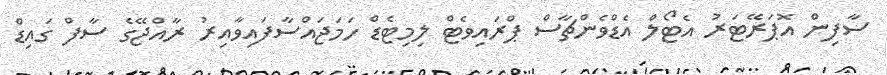
ސާފިން އޮޕަރޭޓަރު އެޓޯލް އެޑްވެންޗާސް ޕްރައިވެޓް ލިމިޓެޑް ހަމަޖައްސާފައިވާއިރު ރާއްޖޭގެ ސާފް ގައިޑް